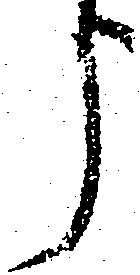
う